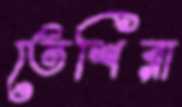
তেশিরা